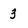
Character: 3